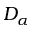
D _ { \alpha }